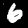
Digit: 6